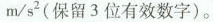
m / s ^ { 2 } (保留 3 位有效数字)。